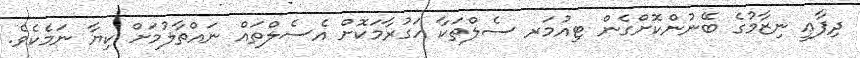
ދިފާޢީ ނިޒާމުގެ ބޭނުންކޮށްގެން ޓިއުމަރ ސެލްތަކާ ހަގުރާމަކޮށް އެސެލްތައް ނައްތާލުމަށް ކިޔާ ނަމެކެވެ.